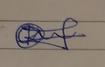
Signature authenticity: genuine